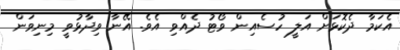
އެކަމާ ދެކޮޅަށް އަލީ ހުސެއިން ވޯޓު ދެއްވި އެވެ. އޭނާ ވިދާޅުވީ މިނިވަން